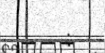
: